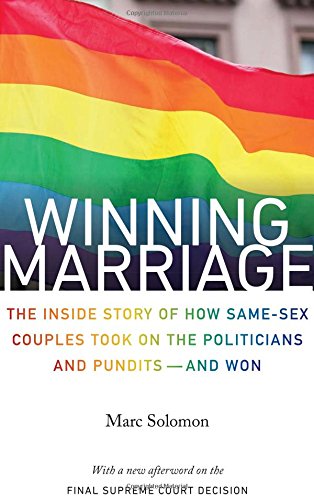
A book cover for Winning Marriage: The Inside Story of How Same-Sex Couples Took on the Politicians and Punditsand Won; Marc Solomon; Gay & Lesbian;